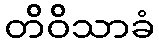
တိဝိသာခံ